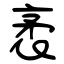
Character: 袤